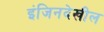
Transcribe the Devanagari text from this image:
इंजिनदेखील